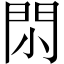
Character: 𨳒